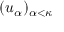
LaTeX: ( u _ { \alpha } ) _ { \alpha < \kappa }